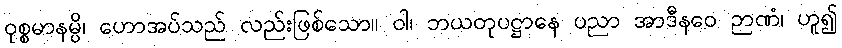
ဝုစ္စမာနမ္ပိ၊ ဟောအပ်သည် လည်းဖြစ်သော။ ဝါ၊ ဘယတုပဋ္ဌာနေ ပညာ အာဒီနဝေ ဉာဏံ၊ ဟူ၍